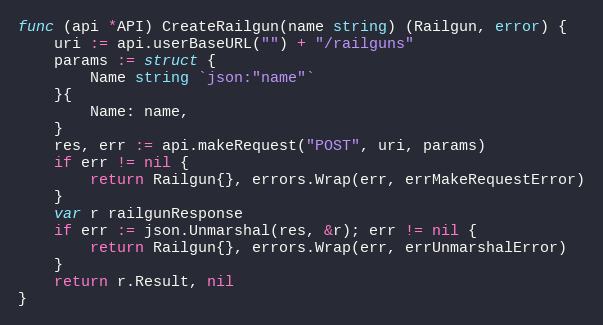
Language: Go
func (api *API) CreateRailgun(name string) (Railgun, error) {
	uri := api.userBaseURL("") + "/railguns"
	params := struct {
		Name string `json:"name"`
	}{
		Name: name,
	}
	res, err := api.makeRequest("POST", uri, params)
	if err != nil {
		return Railgun{}, errors.Wrap(err, errMakeRequestError)
	}
	var r railgunResponse
	if err := json.Unmarshal(res, &r); err != nil {
		return Railgun{}, errors.Wrap(err, errUnmarshalError)
	}
	return r.Result, nil
}